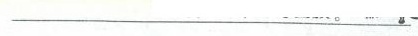
___